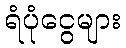
ရံပုံငွေများ